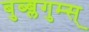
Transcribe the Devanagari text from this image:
बुब्ब्लगुम्स्